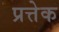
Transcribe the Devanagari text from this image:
प्रत्तेक